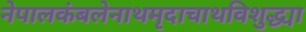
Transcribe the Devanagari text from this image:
नेपालकंबलेनाथमृदाचाथविशुद्ध्या